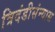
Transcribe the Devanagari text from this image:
त्रिदंडीसंन्यास